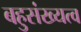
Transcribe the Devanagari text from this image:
बहुसंख्यत्व